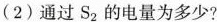
(2)通过S_{2}的电量为多少?